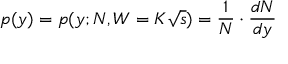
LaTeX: p ( y ) = p ( y ; N , W = K \sqrt { s } ) = \frac { 1 } { N } \cdot \frac { d N } { d y }